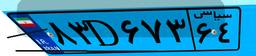
۶۹D۳۵۴۹۱